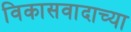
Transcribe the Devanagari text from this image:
विकासवादाच्या